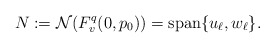
\begin{align*}N := \mathcal N(F^q_v(0,p_0)) = \operatorname{span}\{u_\ell, w_\ell\}.\end{align*}